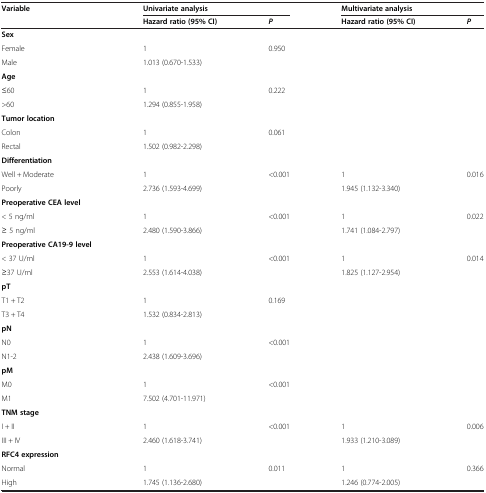
<table><thead><tr><td rowspan="2"><b>Variable</b></td><td colspan="2"><b>Univariate analysis</b></td><td colspan="2"><b>Multivariate analysis</b></td></tr><tr><td><b>Hazard ratio (95% CI)</b></td><td><b><i>P</i></b></td><td><b>Hazard ratio (95% CI)</b></td><td><b><i>P</i></b></td></tr></thead><tbody><tr><td><b>Sex</b></td><td></td><td></td><td></td><td></td></tr><tr><td>Female</td><td>1</td><td>0.950</td><td></td><td></td></tr><tr><td>Male</td><td>1.013 (0.670-1.533)</td><td></td><td></td><td></td></tr><tr><td><b>Age</b></td><td></td><td></td><td></td><td></td></tr><tr><td>≤60</td><td>1</td><td>0.222</td><td></td><td></td></tr><tr><td>&gt;60</td><td>1.294 (0.855-1.958)</td><td></td><td></td><td></td></tr><tr><td><b>Tumor location</b></td><td></td><td></td><td></td><td></td></tr><tr><td>Colon</td><td>1</td><td>0.061</td><td></td><td></td></tr><tr><td>Rectal</td><td>1.502 (0.982-2.298)</td><td></td><td></td><td></td></tr><tr><td><b>Differentiation</b></td><td></td><td></td><td></td><td></td></tr><tr><td>Well + Moderate</td><td>1</td><td>&lt;0.001</td><td>1</td><td>0.016</td></tr><tr><td>Poorly</td><td>2.736 (1.593-4.699)</td><td></td><td>1.945 (1.132-3.340)</td><td></td></tr><tr><td><b>Preoperative CEA level</b></td><td></td><td></td><td></td><td></td></tr><tr><td>&lt; 5 ng/ml</td><td>1</td><td>&lt;0.001</td><td>1</td><td>0.022</td></tr><tr><td>≥ 5 ng/ml</td><td>2.480 (1.590-3.866)</td><td></td><td>1.741 (1.084-2.797)</td><td></td></tr><tr><td><b>Preoperative CA19-9 level</b></td><td></td><td></td><td></td><td></td></tr><tr><td>&lt; 37 U/ml</td><td>1</td><td>&lt;0.001</td><td>1</td><td>0.014</td></tr><tr><td>≥37 U/ml</td><td>2.553 (1.614-4.038)</td><td></td><td>1.825 (1.127-2.954)</td><td></td></tr><tr><td><b>pT</b></td><td></td><td></td><td></td><td></td></tr><tr><td>T1 + T2</td><td>1</td><td>0.169</td><td></td><td></td></tr><tr><td>T3 + T4</td><td>1.532 (0.834-2.813)</td><td></td><td></td><td></td></tr><tr><td><b>pN</b></td><td></td><td></td><td></td><td></td></tr><tr><td>N0</td><td>1</td><td>&lt;0.001</td><td></td><td></td></tr><tr><td>N1-2</td><td>2.438 (1.609-3.696)</td><td></td><td></td><td></td></tr><tr><td><b>pM</b></td><td></td><td></td><td></td><td></td></tr><tr><td>M0</td><td>1</td><td>&lt;0.001</td><td></td><td></td></tr><tr><td>M1</td><td>7.502 (4.701-11.971)</td><td></td><td></td><td></td></tr><tr><td><b>TNM stage</b></td><td></td><td></td><td></td><td></td></tr><tr><td>I + II</td><td>1</td><td>&lt;0.001</td><td>1</td><td>0.006</td></tr><tr><td>III + IV</td><td>2.460 (1.618-3.741)</td><td></td><td>1.933 (1.210-3.089)</td><td></td></tr><tr><td><b>RFC4 expression</b></td><td></td><td></td><td></td><td></td></tr><tr><td>Normal</td><td>1</td><td>0.011</td><td>1</td><td>0.366</td></tr><tr><td>High</td><td>1.745 (1.136-2.680)</td><td></td><td>1.246 (0.774-2.005)</td><td></td></tr></tbody></table>